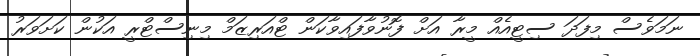
ނަމަވެސް މިފަދަ ސިޓީއެއް މީރާ އަށް ފޮނުވާފައިވާކަން ޓްއަރިޒަމް މިނިސްޓްރީ އަކުން ކަށަވަރު